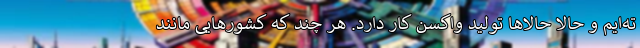
ته‌ایم و حالا حالاها تولید واکسن کار دارد. هر چند که کشورهایی مانند